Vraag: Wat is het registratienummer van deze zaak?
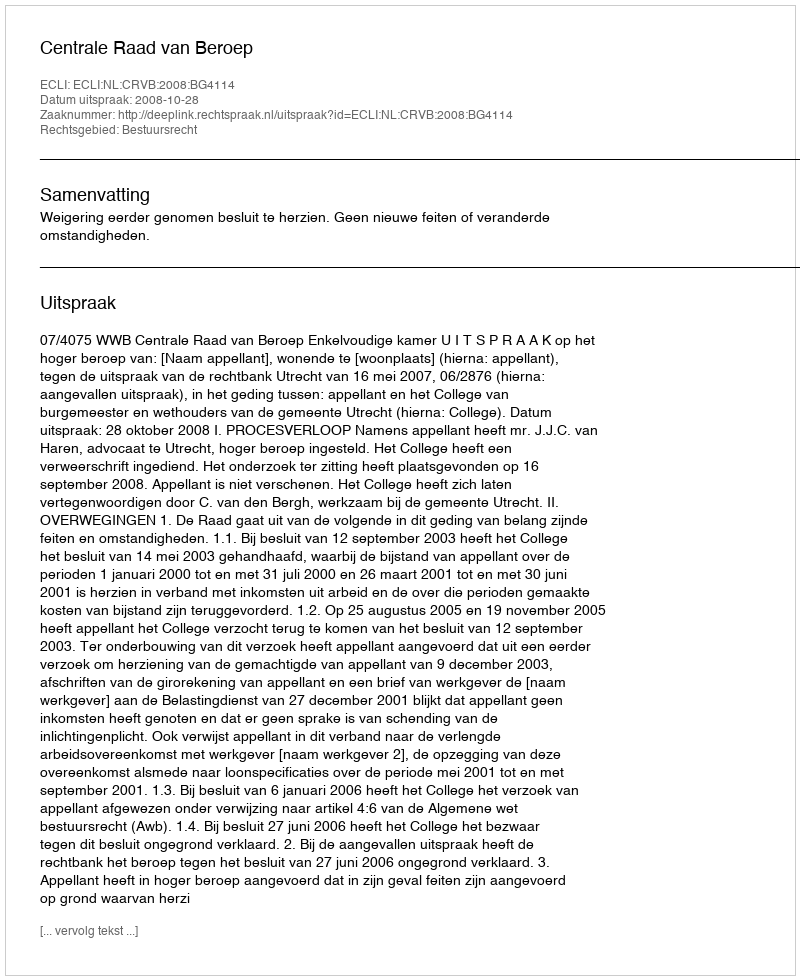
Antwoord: http://deeplink.rechtspraak.nl/uitspraak?id=ECLI:NL:CRVB:2008:BG4114